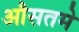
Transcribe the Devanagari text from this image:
औसतमे